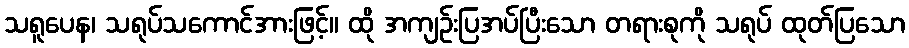
သရူပေန၊ သရုပ်သကောင်အားဖြင့်။ ထို အကျဉ်းပြအပ်ပြီးသော တရားစုကို သရုပ် ထုတ်ပြသော